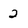
Character: 2